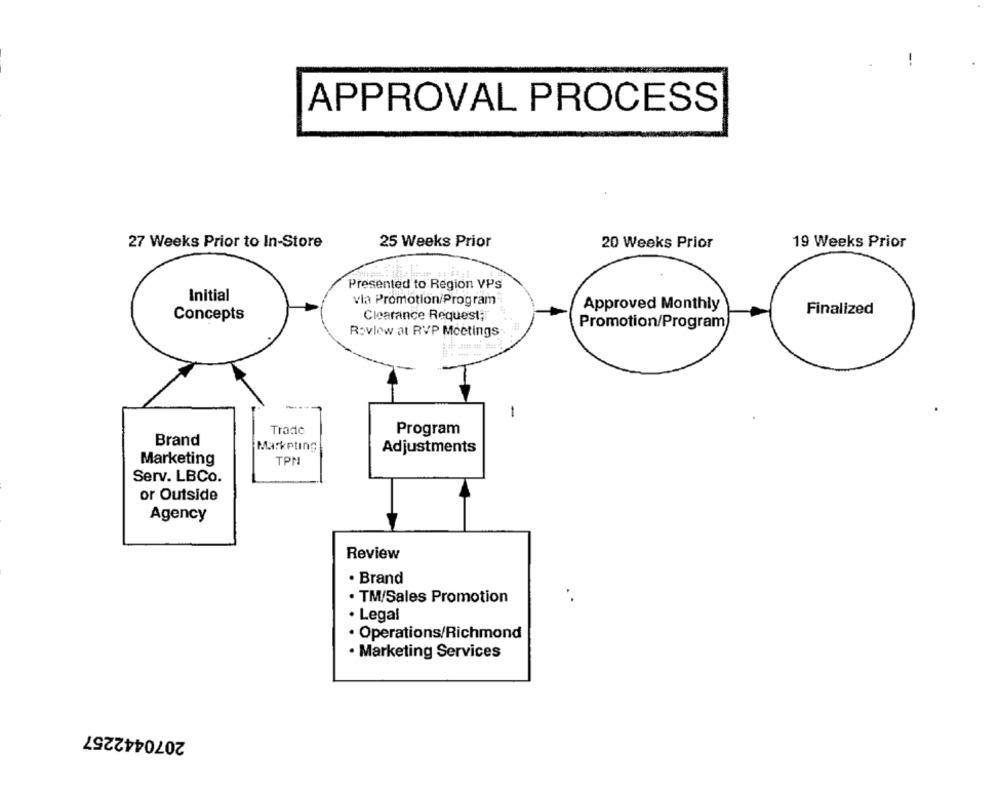
APPROVAL PROCESS
27 Weeks Prior to In-Store
25 Weeks Prior
20 Weeks Prior
19 Weeks Prior
Presented to Region VPs
Initial
via Promotion/Program
Approved Monthly
Concepts
Clearance Request ;!
Finalized
Promotion/Program
Rovlow at RVP Meetings
1
Trado
Program
Brand
Marketing
Adjustments
Marketing
TPN
Serv. LBCo.
or Outside
Agency
Review
· Brand
. TM/Sales Promotion
· Legal
Operations/Richmond
· Marketing Services
2070442257